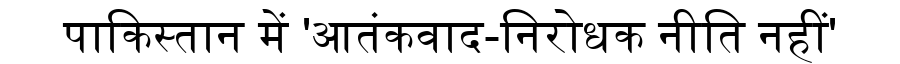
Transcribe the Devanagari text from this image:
पाकिस्तान में 'आतंकवाद-निरोधक नीति नहीं'